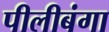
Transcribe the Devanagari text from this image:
पीलीबंगा